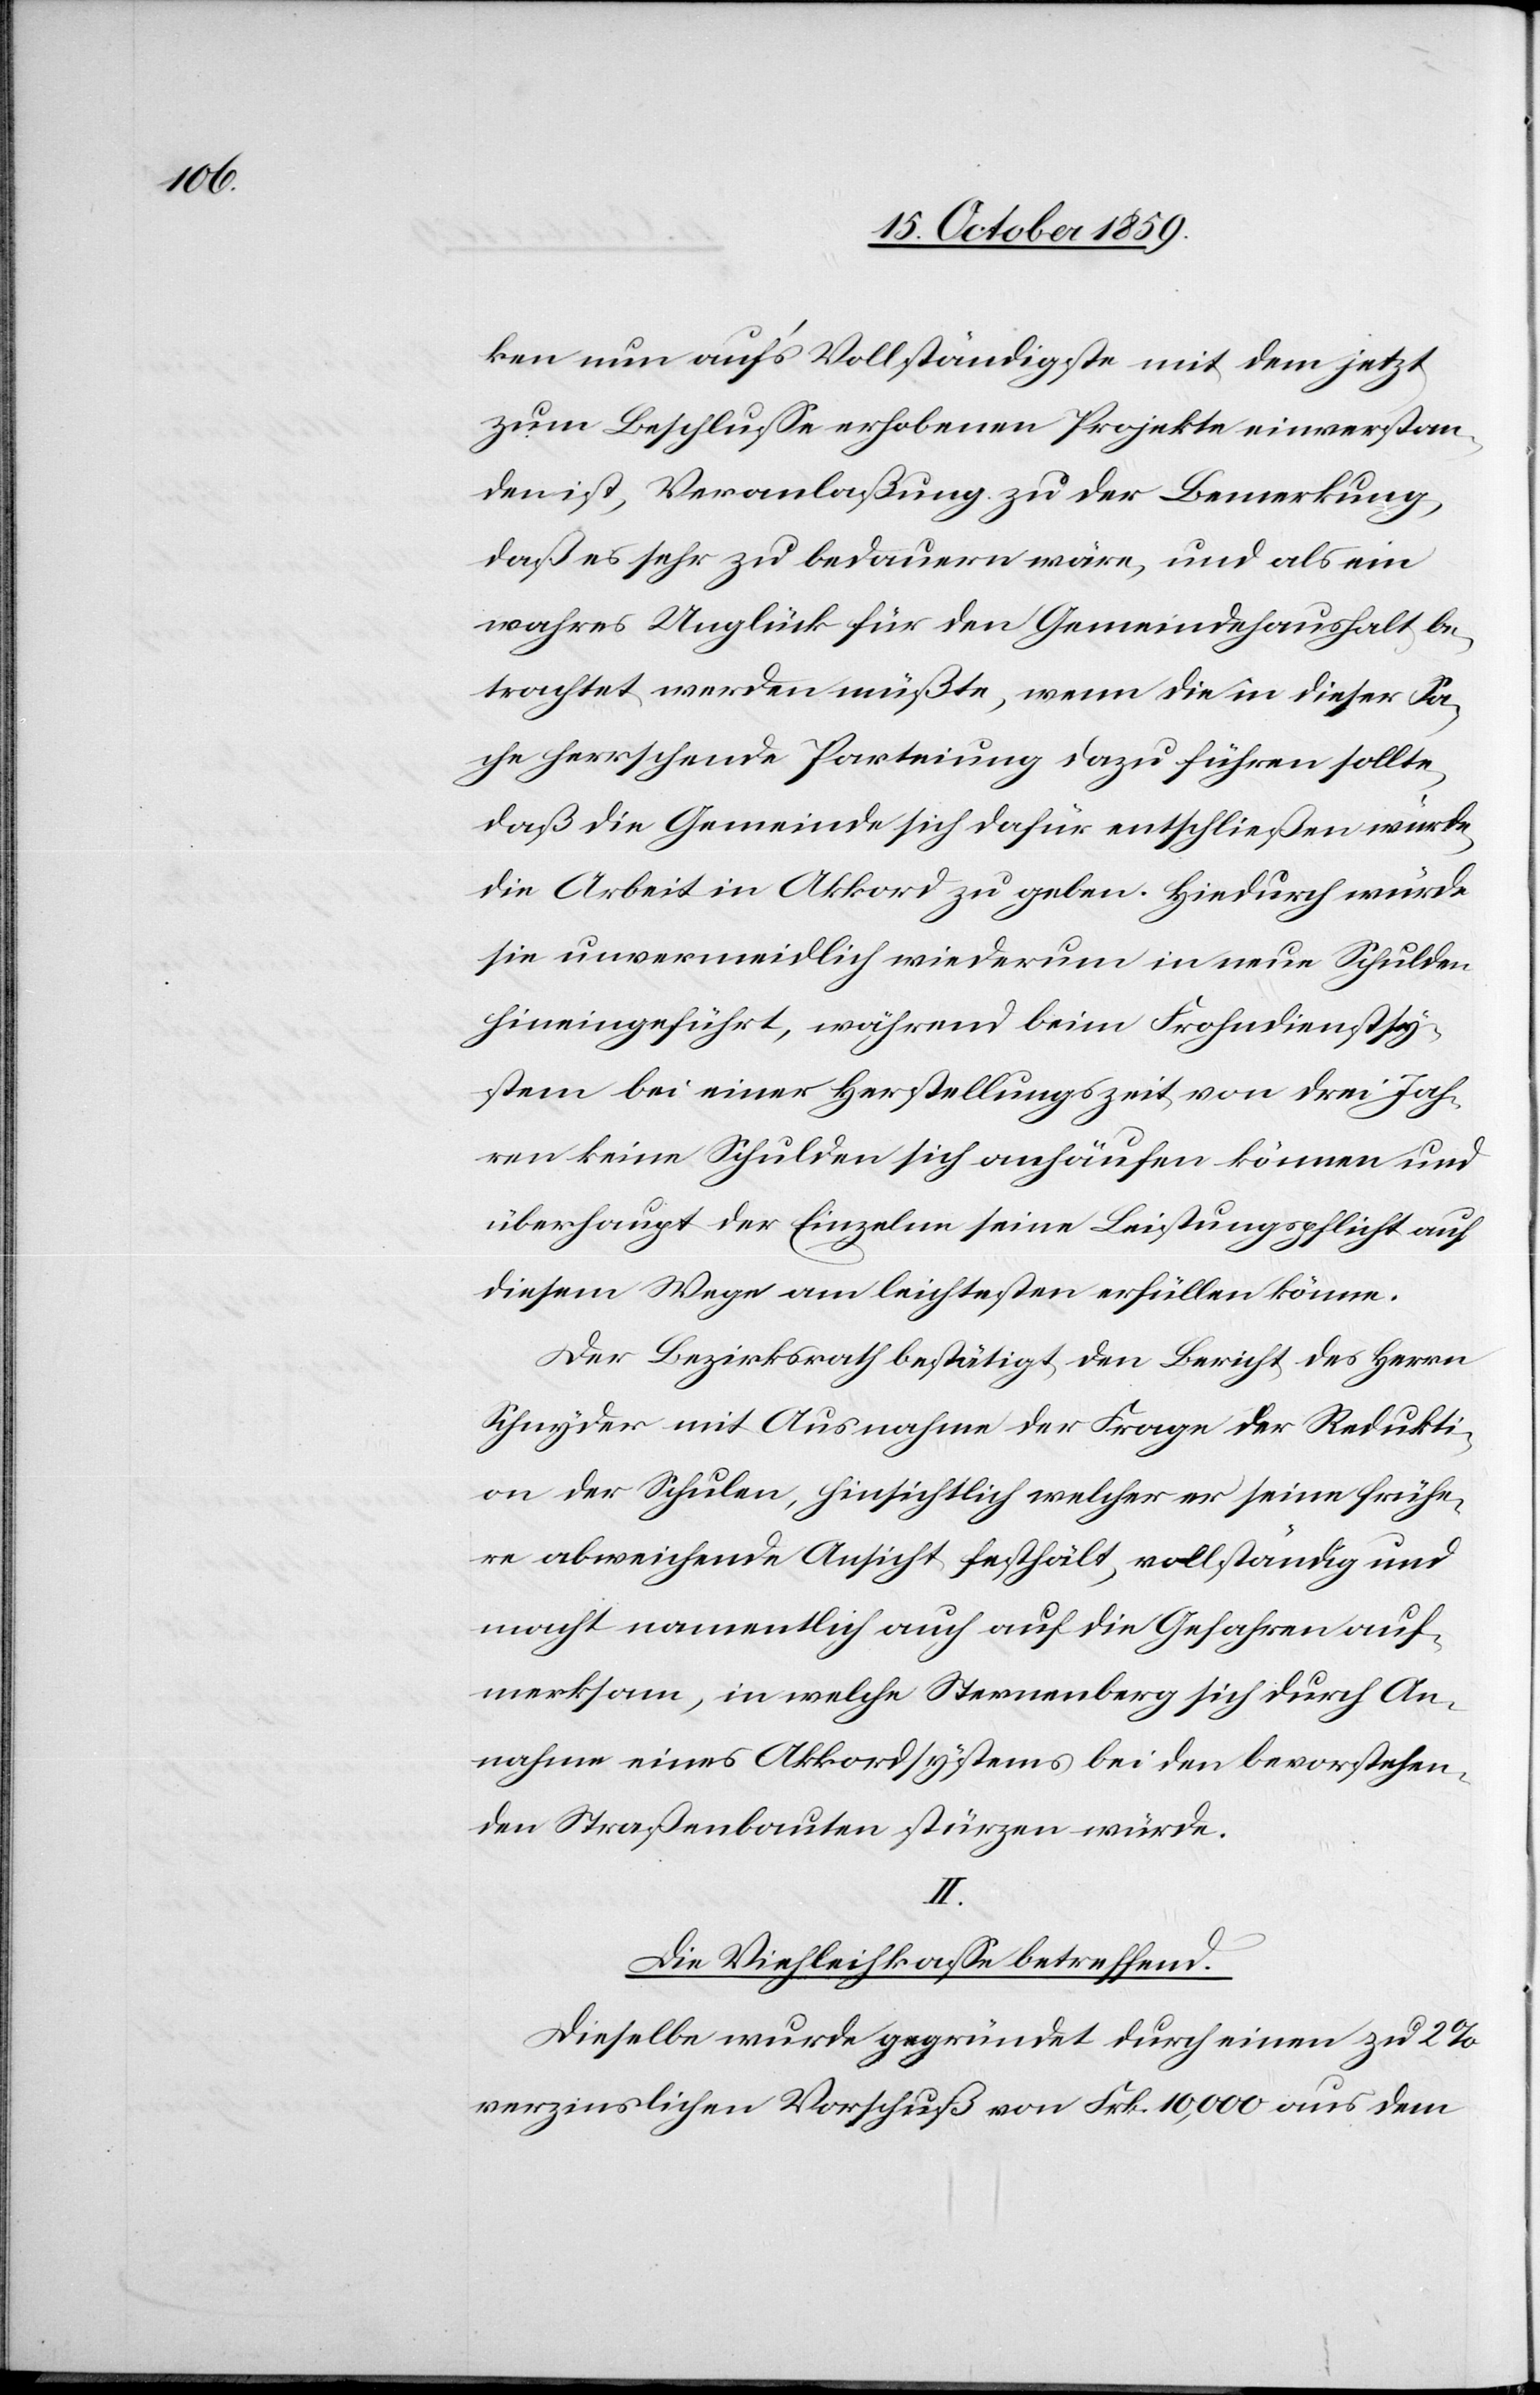
ken nun auf's Vollständigste mit dem jetzt
zum Beschlusse erhobenen Projekte einverstan¬
den ist, Veranlaßung zu der Bemerkung,
daß es sehr zu bedauern wäre, und als ein
wahres Unglück für den Gemeindehaushalt be¬
trachtet werden müßte, wenn die in dieser Sa¬
che herrschende Parteiung dazu führen sollte,
daß die Gemeinde sich dafür entschließen würde
die Arbei in Akkord zu geben. Hiedurch würde
sie unvermeidlich wiederum in neue Schulden
hineingeführt, während beim Frohndienstsy¬
stem bei einer Herstellungszeit von drei Jah¬
ren keine Schulden sich anhäufen können und
überhaupt der Einzelne seine Leistungspflicht auf
diesem Wege am leichtesten erfüllen könne.
Der Bezirksrath bestätigt den Bericht des Herrn
Schnyder mit Ausnahme der Frage der Redukti¬
on der Schulden, hinsichtlich welcher er seine frühe¬
re abweichende Ansicht festhält, vollständig und
macht namentlich auch auf die Gefahren auf¬
merksam, in welche Sternenberg sich durch An¬
nahme eines Akkordsystems bei den bevorstehen¬
den Straßenbauten stürzen würde.
Die Viehleihkasse betreffend.
Dieselbe wurde gegründet durch einen zu 2
verzinslichen Vorschuß von Frk. 10,000 aus dem